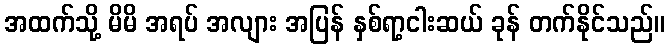
အထက်သို့ မိမိ အရပ် အလျား အပြန် နှစ်ရာ့ငါးဆယ် ခုန် တက်နိုင်သည်။